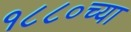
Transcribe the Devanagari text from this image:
१८८०च्या